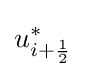
u_{i+{\frac {1}{2}}}^{*}